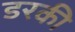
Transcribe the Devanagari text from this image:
डरकी